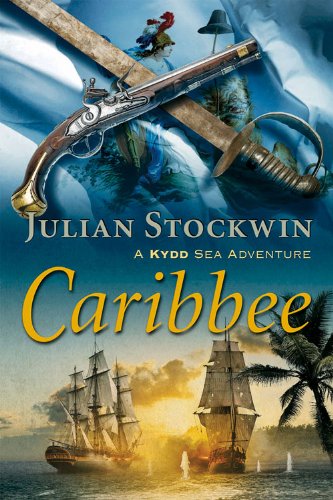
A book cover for Caribbee: A Kydd Sea Adventure (Kydd Sea Adventures); Julian Stockwin; Literature & Fiction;